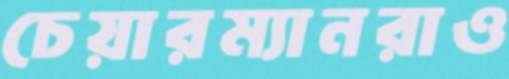
চেয়ারম্যানরাও